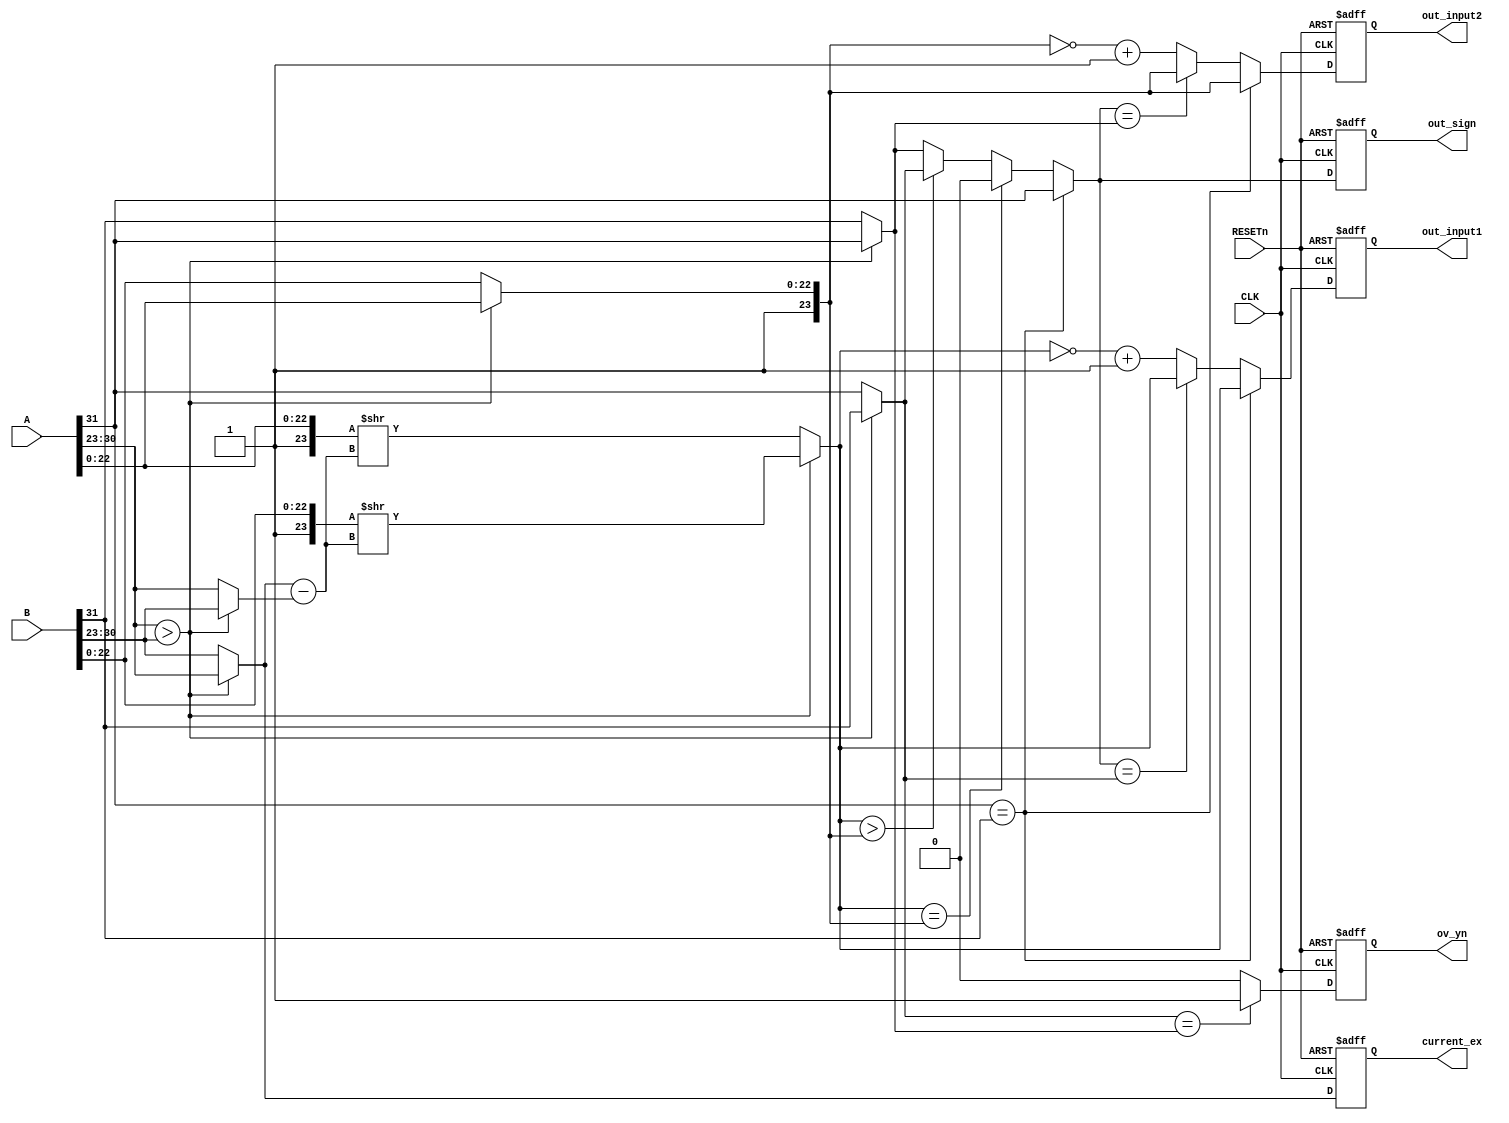
module fa_step1(CLK, RESETn, A, B, out_sign, current_ex, out_input1, out_input2, ov_yn);
	input CLK, RESETn;
	input [31:0] A, B;
	
	output reg out_sign;
	output reg [7:0] current_ex;
	output reg [23:0] out_input1, out_input2;
	output reg ov_yn;
	
	wire s_A = A[31];							//sign of A
	wire [7:0] ex_A = A[30:23];			//exponent of A
	wire [23:0] sg_A = {1'b1, A[22:0]};	//significand of A
	
	wire s_B = B[31];							//sign of B
	wire [7:0] ex_B = B[30:23];			//exponent of B
	wire [23:0] sg_B = {1'b1, B[22:0]};	//significand of B
	
	
	//EX comparison/////////////////////////////////////////////
	
	wire ex_comp = (ex_A > ex_B) ? 0:1;
	wire [7:0] bigger = (ex_comp) ? ex_B : ex_A;
	wire [7:0] smaller = (ex_comp) ? ex_A : ex_B;
	
	wire [7:0] ex_diff = bigger-smaller;
	wire [7:0] current_exponent = bigger;
	
	//shifting////////////////////////////////////////////////
	//in1 - exponent   - shift right
	//in2 - exponent   - 
	
	wire [23:0] in1 = (ex_comp) ? sg_A >> ex_diff : sg_B >> ex_diff;
	wire [23:0] in2 = (ex_comp) ? sg_B : sg_A;
	wire sign_in2 = (ex_comp) ? s_B : s_A;
	wire sign_in1 = (ex_comp) ? s_A : s_B;
	
	//Addition prepare///////////////////////
	//   output   significand  -ov 
	//   output  significand    -ov 
	
	wire output_sign = (s_A == s_B) ? s_A : (in1 == in2) ? 0 : (in1 > in2) ? sign_in1 : sign_in2;
	wire ov_YN = (sign_in1 == sign_in2) ? 1 : 0;
	
	//   significand   2's complement 
	wire [23:0] input1 = (s_A == s_B) ? in1 : (output_sign == sign_in1) ? in1 : ~in1+1;
	wire [23:0] input2 = (s_A == s_B) ? in2 : (output_sign == sign_in2) ? in2 : ~in2+1;
		
	
	//////////////////////////////////////////////////
	
	always@(posedge CLK, negedge RESETn)begin
		if(!RESETn)begin
			out_sign <= 0;
			current_ex <= 0;
			out_input1 <= 0;
			out_input2 <= 0;
			ov_yn <= 0;
		end
		else begin
			out_sign <= output_sign;
			current_ex <= current_exponent;
			out_input1 <= input1;
			out_input2 <= input2;
			ov_yn <= ov_YN;
		end
	end

endmodule